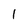
Character: 1